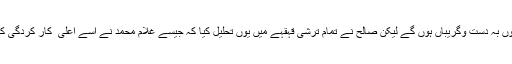
میں نے سوچا کہ اب یہ دونوں بہ دست وگریباں ہوں گے لیکن صالح نے تمام تُرشی قہقہے میں یوں تحلیل کیا کہ جیسے غلام محمد نے اُسے اعلی ٰ کار کردگی کی سرٹیفیکیٹ سے نوازا ہو ۔